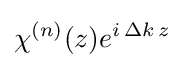
\chi ^{(n)}(z)e^{i\,\Delta k\,z}